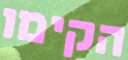
הקימו